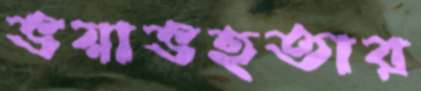
ভয়াভহতার